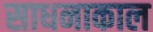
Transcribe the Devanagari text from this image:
साधनाकाल